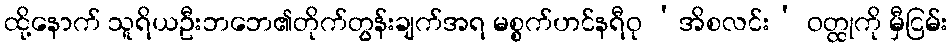
ထို့နောက် သူရိယဦးဘဘေ၏တိုက်တွန်းချက်အရ မစ္စက်ဟင်နရီဝု ‘အိစလင်း’ ဝတ္ထုကို မှီငြမ်း